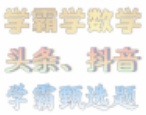
学霸学数学
头条、抖音
学霸易选题